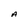
Character: A